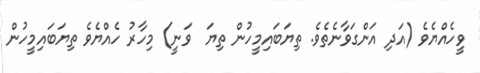
ވީހެއްޔެވެ (އަދި އަންގަވާނެތެވެ. ތިޔަބައިމީހުން ތިޔަ  ވަނީ) މިހާރު ހެއްޔެވެ ތިޔަބައިމީހުން